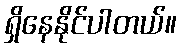
ရှိနေနိုင်ပါတယ်။